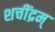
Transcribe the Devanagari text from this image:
शचींद्रम्